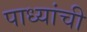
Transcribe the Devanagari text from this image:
पाध्यांची